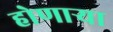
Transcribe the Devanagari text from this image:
होणार्‍या